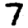
Digit: 7